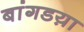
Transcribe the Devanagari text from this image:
बांगडय़ा